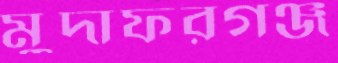
মুদাফরগঞ্জ